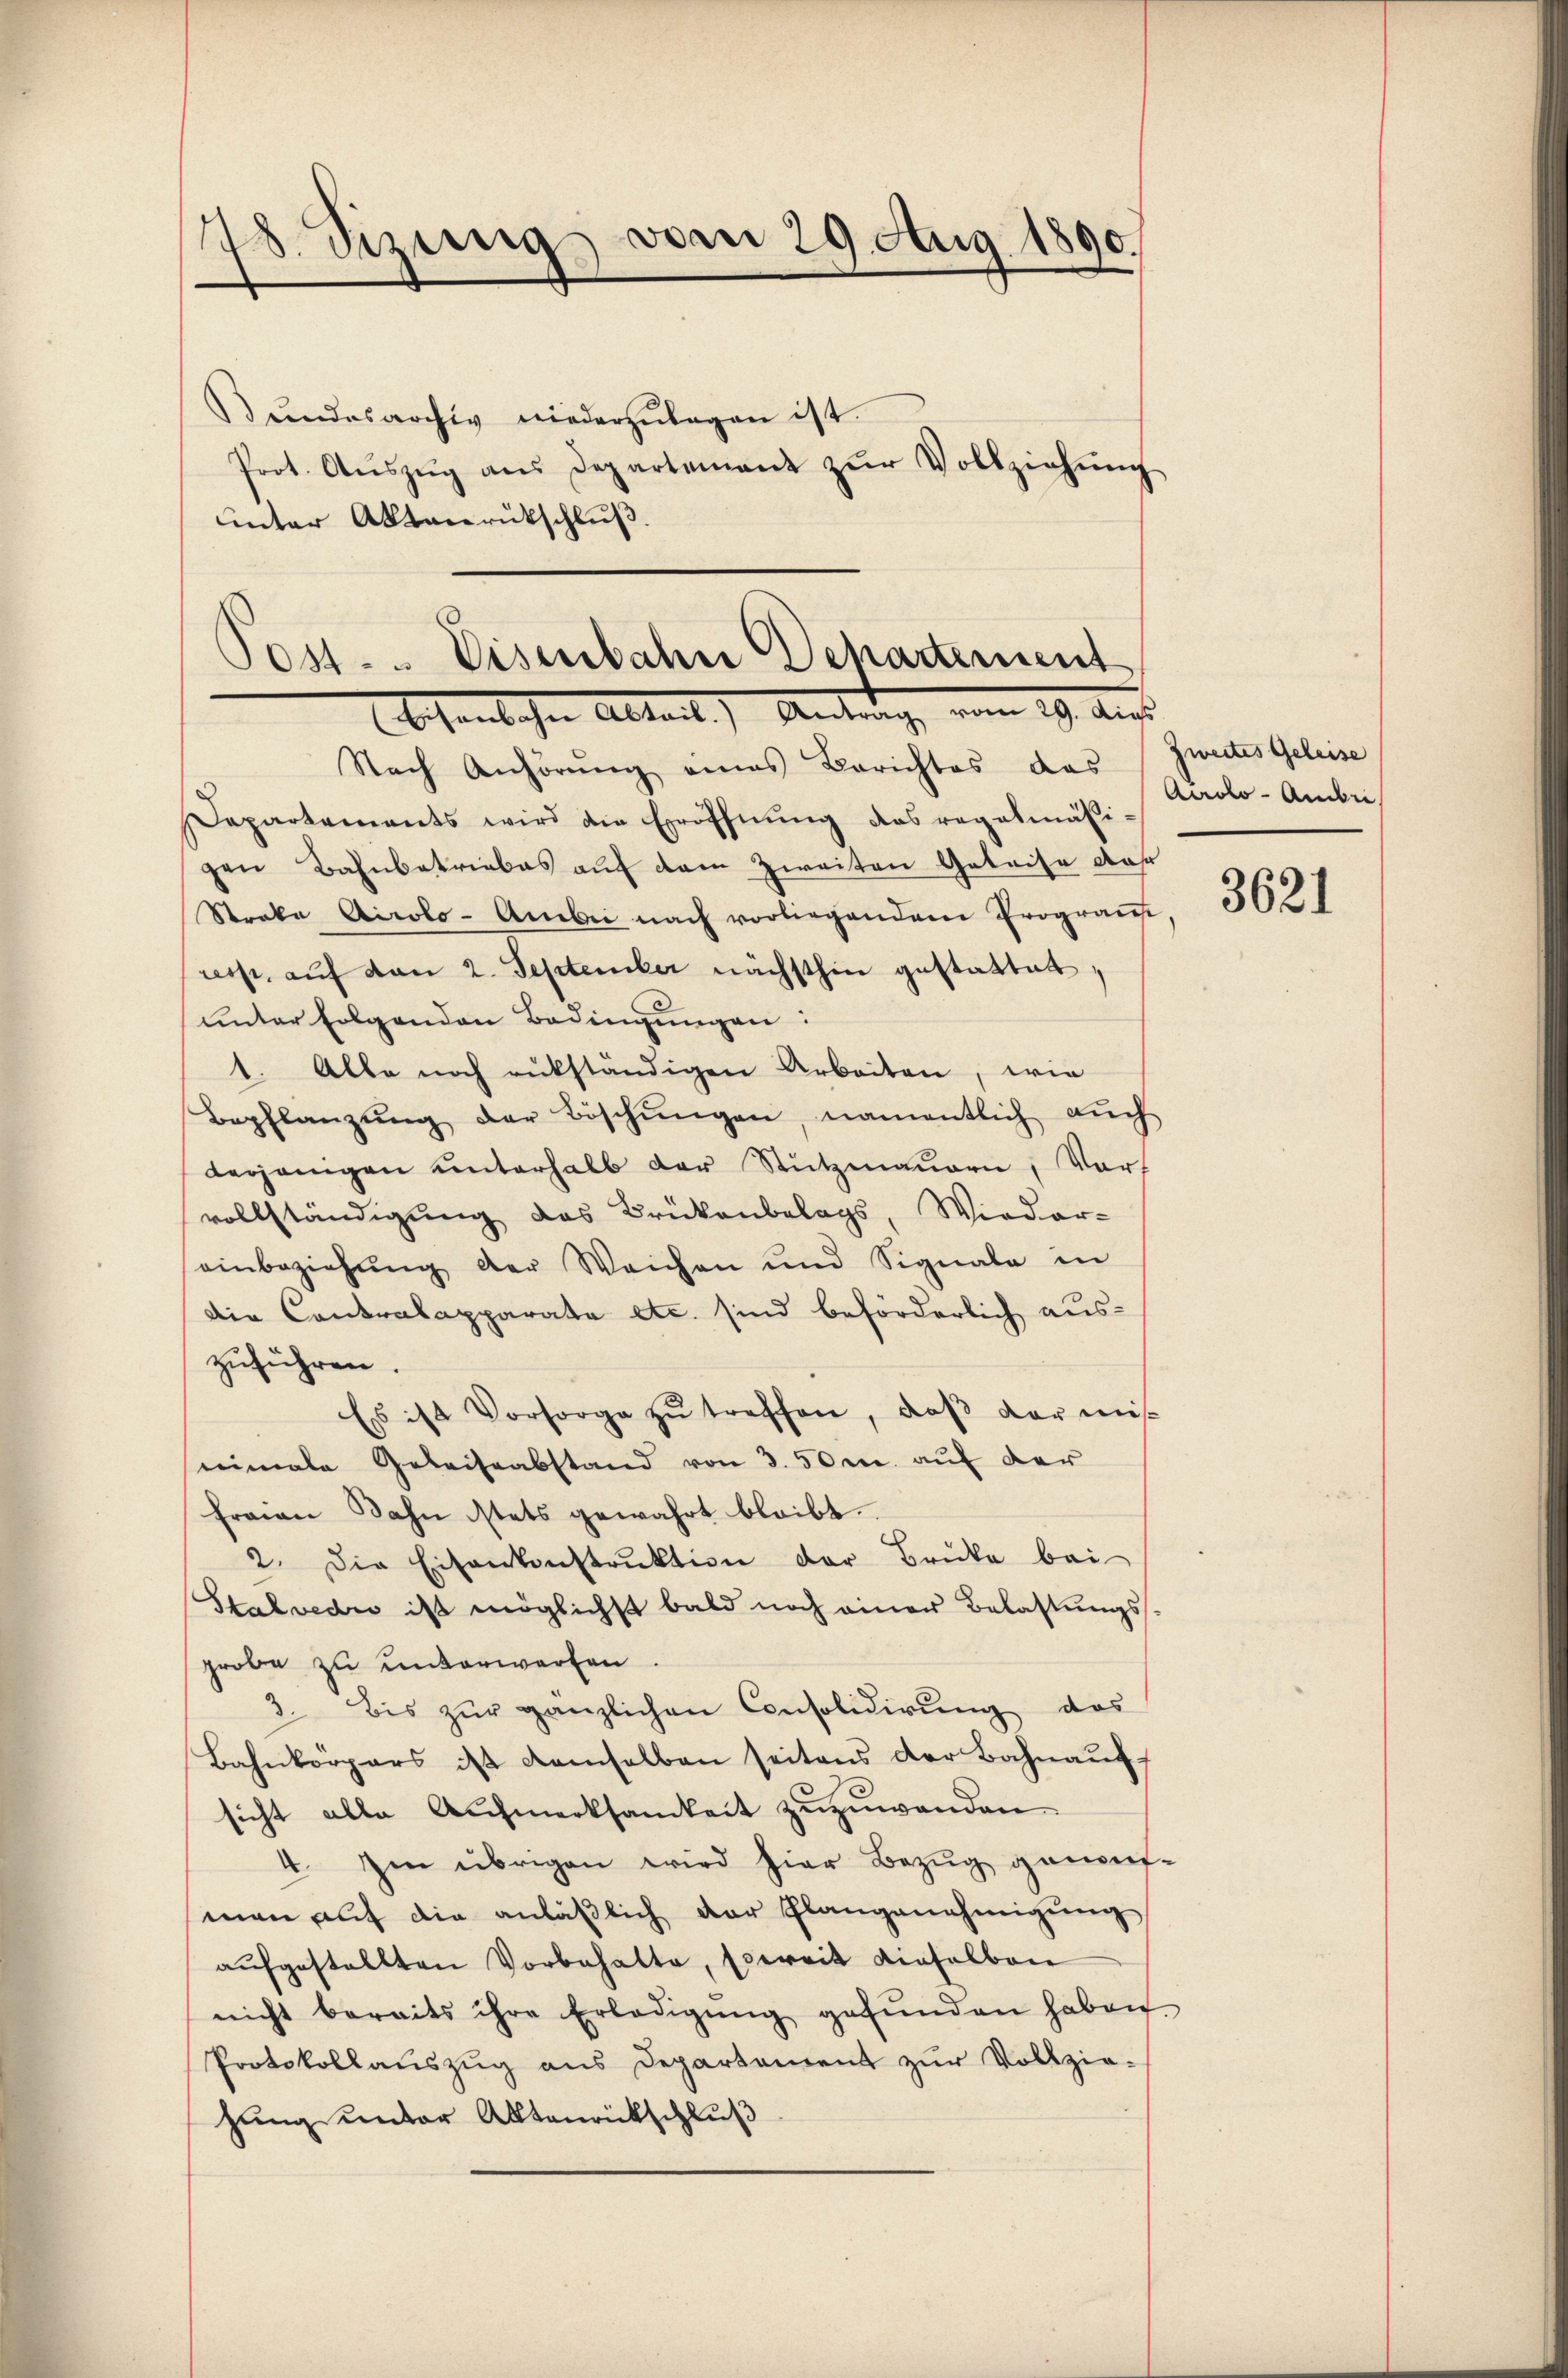
78. Sizungs vom 29. Aug. 1890
ŭndesarchiv niederzŭlagen ist.
Prot. Aŭszŭg ans Departement zŭr Vollziehŭng
unter Aktenrückschluß

Post. Eisenbahn Departement
bohenlichen Abteil) Anderung vom 19. Aust

Nach Anhörŭng eines Berichtes das Zweites Geleise
Departements wird die Eröffnung das regelmäßigen Bahnbetriebes auf dem zweiten Geleise dah
Straka Airolo-Anbei nach vorliegendem Prograus,
uesst, auf von 2. September nächsthin gestattet
unter folgenden Bedingungen:
1. Alle noch rükständigen Arbeiten, wie
Bepflanzŭng der Böschŭngen, namentlich aŭch
derjenigen ŭnterhalb der Stŭtzmaŭern, Vor-
vollständigung des Brückenbelags, Wieder-
einbeziehŭng der Weichen und Signale in
Die Contrakapparata etc. sind beförderlich aus-
zuführen.
Es ist Vorsorge zŭ treffen, daβ der mis
emale Geleiseabstand von 3. 50 r. auf der
Fraien Sohn istets gewahrt bleibt.
2. Die Eisenkonstrŭktion der Brüke bei
Stalvedio ist möglichst bald noch einer Belastungsgrobe zu unterwerfen.
3. bis zŭr gänzlichen Consolidirŭng das
Bahnkörpers ist demselben seitens der Bahnauf
sicht alle Aufmerksamkeit zuzuwenden.
4. Im übrigen wird hier Bezug genaufman auf die anläßlich der Plangenehmigung
aŭfgestellten Vorbehalte, soweit dieselben
nicht bereits ihre Erledigŭng gefŭnden haben.
Protokollaŭszŭg ans Departement zŭr Vollzie-
hung unter Aktenrückschluß

Aadlo-Ande

3621